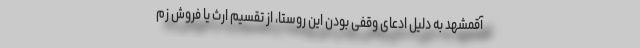
آقمشهد به دلیل ادعای وقفی بودن این روستا، از تقسیم ارث یا فروش زم